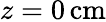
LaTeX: z=0\, \mathrm{cm}